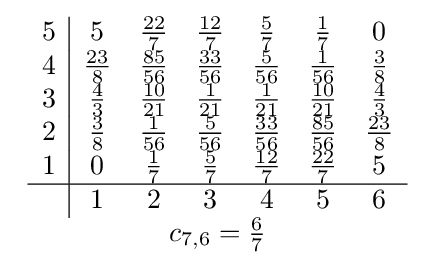
{\begin{array}{c}{\begin{array}{c|cccccc}5&5&{\frac {22}{7}}&{\frac {12}{7}}&{\frac {5}{7}}&{\frac {1}{7}}&0\\4&{\frac {23}{8}}&{\frac {85}{56}}&{\frac {33}{56}}&{\frac {5}{56}}&{\frac {1}{56}}&{\frac {3}{8}}\\3&{\frac {4}{3}}&{\frac {10}{21}}&{\frac {1}{21}}&{\frac {1}{21}}&{\frac {10}{21}}&{\frac {4}{3}}\\2&{\frac {3}{8}}&{\frac {1}{56}}&{\frac {5}{56}}&{\frac {33}{56}}&{\frac {85}{56}}&{\frac {23}{8}}\\1&0&{\frac {1}{7}}&{\frac {5}{7}}&{\frac {12}{7}}&{\frac {22}{7}}&5\\\hline &1&2&3&4&5&6\end{array}}\\c_{7,6}={\frac {6}{7}}\end{array}}